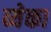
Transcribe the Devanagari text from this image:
व्येका